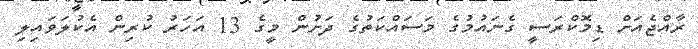
ރާއްޖެއަށް ޑިމޮކްރަސީ ގެނައުމުގެ މަސައްކަތުގެ ދަށުން މީގެ 13 އަހަރު ކުރިން އެކުލަވައިލި